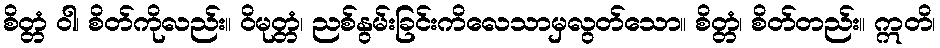
စိတ္တံ ဝါ၊ စိတ်ကိုလည်း။ ဝိမုတ္တံ၊ ညစ်နွမ်းခြင်းကိလေသာမှလွတ်သော။ စိတ္တံ၊ စိတ်တည်း။ ဣတိ၊